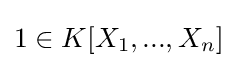
1\in K[X_{1},...,X_{n}]